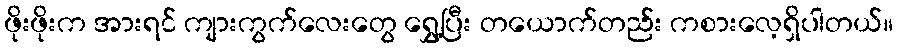
ဖိုးဖိုးက အားရင် ကျားကွက်လေးတွေ ရွှေ့ပြီး တယောက်တည်း ကစားလေ့ရှိပါတယ်။